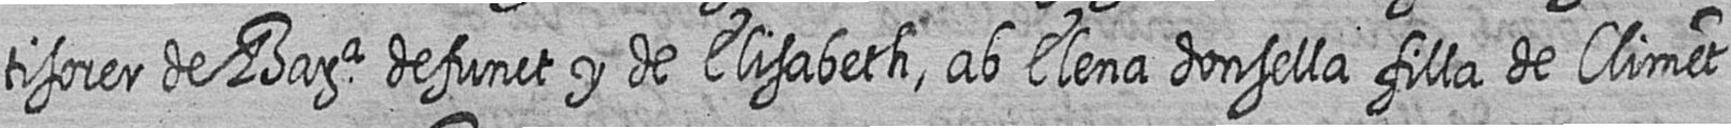
tisorer de Bara defunct y de Elisabeth ab Elena donsella filla de Climet